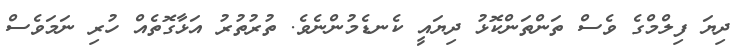
ދިޔަ ފިލްމްގެ ވެސް ތަންތަންކޮޅު ދިޔައީ ކެނޑެމުންނެވެ. ތުރުތުރު އަޅާގޮތެއް ހުރި ނަމަވެސް